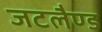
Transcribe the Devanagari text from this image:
जटलैण्ड